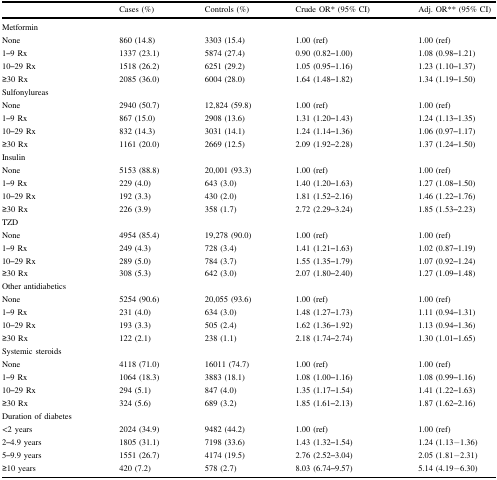
<table><thead><tr><td></td><td><b>Cases (%)</b></td><td><b>Controls (%)</b></td><td><b>Crude OR* (95% CI)</b></td><td><b>Adj. OR** (95% CI)</b></td></tr></thead><tbody><tr><td>Metformin</td><td></td><td></td><td></td><td></td></tr><tr><td>None</td><td>860 (14.8)</td><td>3303 (15.4)</td><td>1.00 (ref)</td><td>1.00 (ref)</td></tr><tr><td>1–9 Rx</td><td>1337 (23.1)</td><td>5874 (27.4)</td><td>0.90 (0.82–1.00)</td><td>1.08 (0.98–1.21)</td></tr><tr><td>10–29 Rx</td><td>1518 (26.2)</td><td>6251 (29.2)</td><td>1.05 (0.95–1.16)</td><td>1.23 (1.10–1.37)</td></tr><tr><td>≥30 Rx</td><td>2085 (36.0)</td><td>6004 (28.0)</td><td>1.64 (1.48–1.82)</td><td>1.34 (1.19–1.50)</td></tr><tr><td>Sulfonylureas</td><td></td><td></td><td></td><td></td></tr><tr><td>None</td><td>2940 (50.7)</td><td>12,824 (59.8)</td><td>1.00 (ref)</td><td>1.00 (ref)</td></tr><tr><td>1–9 Rx</td><td>867 (15.0)</td><td>2908 (13.6)</td><td>1.31 (1.20–1.43)</td><td>1.24 (1.13–1.35)</td></tr><tr><td>10–29 Rx</td><td>832 (14.3)</td><td>3031 (14.1)</td><td>1.24 (1.14–1.36)</td><td>1.06 (0.97–1.17)</td></tr><tr><td>≥30 Rx</td><td>1161 (20.0)</td><td>2669 (12.5)</td><td>2.09 (1.92–2.28)</td><td>1.37 (1.24–1.50)</td></tr><tr><td>Insulin</td><td></td><td></td><td></td><td></td></tr><tr><td>None</td><td>5153 (88.8)</td><td>20,001 (93.3)</td><td>1.00 (ref)</td><td>1.00 (ref)</td></tr><tr><td>1–9 Rx</td><td>229 (4.0)</td><td>643 (3.0)</td><td>1.40 (1.20–1.63)</td><td>1.27 (1.08–1.50)</td></tr><tr><td>10–29 Rx</td><td>192 (3.3)</td><td>430 (2.0)</td><td>1.81 (1.52–2.16)</td><td>1.46 (1.22–1.76)</td></tr><tr><td>≥30 Rx</td><td>226 (3.9)</td><td>358 (1.7)</td><td>2.72 (2.29–3.24)</td><td>1.85 (1.53–2.23)</td></tr><tr><td>TZD</td><td></td><td></td><td></td><td></td></tr><tr><td>None</td><td>4954 (85.4)</td><td>19,278 (90.0)</td><td>1.00 (ref)</td><td>1.00 (ref)</td></tr><tr><td>1–9 Rx</td><td>249 (4.3)</td><td>728 (3.4)</td><td>1.41 (1.21–1.63)</td><td>1.02 (0.87–1.19)</td></tr><tr><td>10–29 Rx</td><td>289 (5.0)</td><td>784 (3.7)</td><td>1.55 (1.35–1.79)</td><td>1.07 (0.92–1.24)</td></tr><tr><td>≥30 Rx</td><td>308 (5.3)</td><td>642 (3.0)</td><td>2.07 (1.80–2.40)</td><td>1.27 (1.09–1.48)</td></tr><tr><td>Other antidiabetics</td><td></td><td></td><td></td><td></td></tr><tr><td>None</td><td>5254 (90.6)</td><td>20,055 (93.6)</td><td>1.00 (ref)</td><td>1.00 (ref)</td></tr><tr><td>1–9 Rx</td><td>231 (4.0)</td><td>634 (3.0)</td><td>1.48 (1.27–1.73)</td><td>1.11 (0.94–1.31)</td></tr><tr><td>10–29 Rx</td><td>193 (3.3)</td><td>505 (2.4)</td><td>1.62 (1.36–1.92)</td><td>1.13 (0.94–1.36)</td></tr><tr><td>≥30 Rx</td><td>122 (2.1)</td><td>238 (1.1)</td><td>2.18 (1.74–2.74)</td><td>1.30 (1.01–1.65)</td></tr><tr><td>Systemic steroids</td><td></td><td></td><td></td><td></td></tr><tr><td>None</td><td>4118 (71.0)</td><td>16011 (74.7)</td><td>1.00 (ref)</td><td>1.00 (ref)</td></tr><tr><td>1–9 Rx</td><td>1064 (18.3)</td><td>3883 (18.1)</td><td>1.08 (1.00–1.16)</td><td>1.08 (0.99–1.16)</td></tr><tr><td>10–29 Rx</td><td>294 (5.1)</td><td>847 (4.0)</td><td>1.35 (1.17–1.54)</td><td>1.41 (1.22–1.63)</td></tr><tr><td>≥30 Rx</td><td>324 (5.6)</td><td>689 (3.2)</td><td>1.85 (1.61–2.13)</td><td>1.87 (1.62–2.16)</td></tr><tr><td>Duration of diabetes</td><td></td><td></td><td></td><td></td></tr><tr><td>&lt;2 years</td><td>2024 (34.9)</td><td>9482 (44.2)</td><td>1.00 (ref)</td><td>1.00 (ref)</td></tr><tr><td>2–4.9 years</td><td>1805 (31.1)</td><td>7198 (33.6)</td><td>1.43 (1.32–1.54)</td><td>1.24 (1.13−1.36)</td></tr><tr><td>5–9.9 years</td><td>1551 (26.7)</td><td>4174 (19.5)</td><td>2.76 (2.52–3.04)</td><td>2.05 (1.81−2.31)</td></tr><tr><td>≥10 years</td><td>420 (7.2)</td><td>578 (2.7)</td><td>8.03 (6.74–9.57)</td><td>5.14 (4.19−6.30)</td></tr></tbody></table>